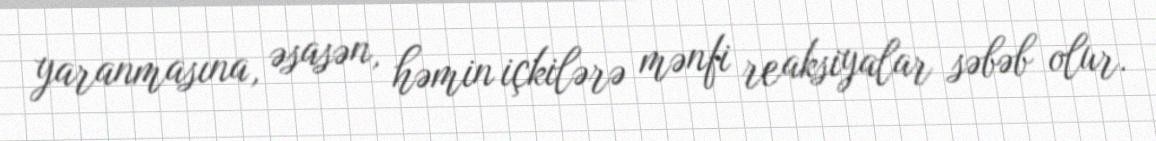
yaranmasına, əsasən, həmin içkilərə mənfi reaksiyalar səbəb olur.